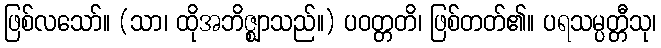
ဖြစ်လသော်။ (သာ၊ ထိုအဘိဇ္ဈာသည်။) ပဝတ္တတိ၊ ဖြစ်တတ်၏။ ပရသမ္ပတ္တီသု၊